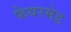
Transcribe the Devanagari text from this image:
फेयरमेड